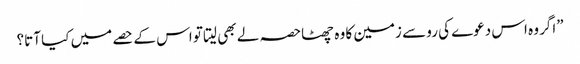
”اگر وہ اس دعوے کی رو سے زمین کا وہ چھٹاحصہ لے بھی لیتا تو اس کے حصے میں کیا آتا؟